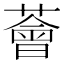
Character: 薈